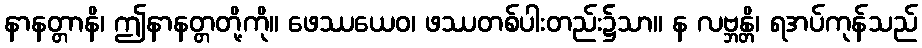
နာနတ္တာနိ၊ ဤနာနတ္တတို့ကို။ ဖေဿယေဝ၊ ဖဿတစ်ပါးတည်း၌သာ။ န လဗ္ဘန္တိ၊ ရအပ်ကုန်သည်